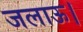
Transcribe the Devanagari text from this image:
जलाऊ।